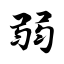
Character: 弱